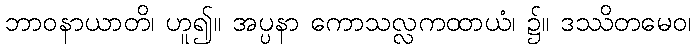
ဘာဝနာယာတိ၊ ဟူ၍။ အပ္ပနာ ကောသလ္လကထာယံ၊ ၌။ ဒဿိတမေဝ၊